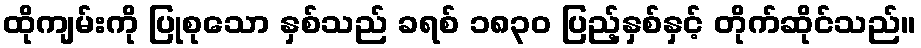
ထိုကျမ်းကို ပြုစုသော နှစ်သည် ခရစ် ၁၈၃၀ ပြည့်နှစ်နှင့် တိုက်ဆိုင်သည်။